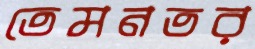
তেমনতর